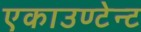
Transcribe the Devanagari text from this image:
एकाउण्टेन्ट